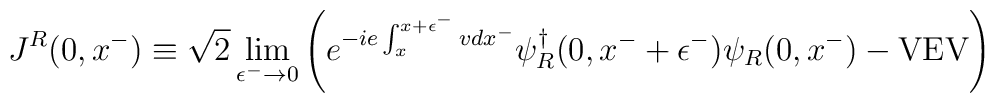
J^R(0,x^-) \equiv\sqrt{2}\lim_{\epsilon^-\rightarrow0}\left(e^{-ie\int_x^{x+\epsilon^-} v dx^-}\psi_R^\dagger(0,x^-+\epsilon^-) \psi_R(0,x^-)-{\rm VEV}\right)